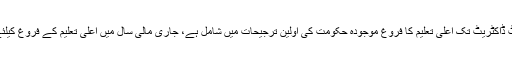
(ملت آن لائن) ملک میں پرائمری سے لے کر پوسٹ ڈاکٹریٹ تک اعلیٰ تعلیم کا فروغ موجودہ حکومت کی اولین ترجیحات میں شامل ہے، جاری مالی سال میں اعلیٰ تعلیم کے فروغ کیلئے 46 ارب67کروڑ روپے مختص کئے گئے ہے۔